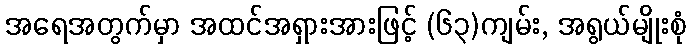
အရေအတွက်မှာ အထင်အရှားအားဖြင့် (၆၃)ကျမ်း, အရွယ်မျိုးစုံ